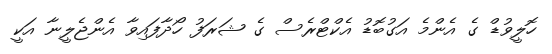
ހޮލީވުޑް ގެ އެންމެ އަގުބޮޑު އެކްޓްރެސް ގެ ޝަރަފު ހޯދާފައިވާ އެންޖެލީނާ އަކީ